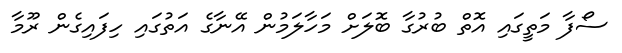
ސޯފާ މަތީގައި އޮތް ބުރުގާ ބޮލަށް މަހާލަމުން އޭނާގެ އަތުގައި ހިފައިގެން ރޫމާ